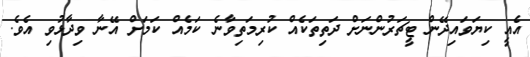
އެއީ ކިޔަވައިދޭން ޓީޗަރުންނަށް ދަތިތަކެއް ކުރިމަތިވާނެ ކަމެއް ކަމަށް އޭނާ ވިދާޅުވި އެވެ.